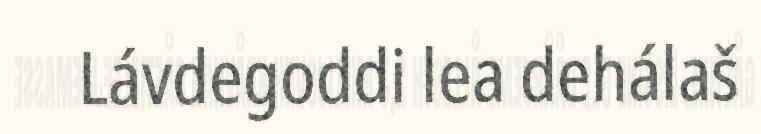
Lávdegoddi lea dehálaš